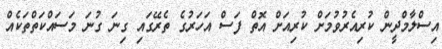
އިސްލާމްދީން ކުރިއެރުވުމަށް ކުރިއަށް އޮތް ފަސް އަހަރުގެ ތެރޭގައި ގިނަ ގުނަ މަސައްކަތްތަކެއް